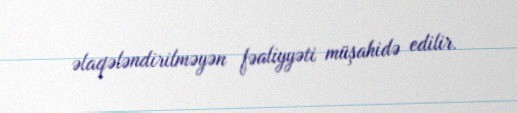
əlaqələndirilməyən fəaliyyəti müşahidə edilir.